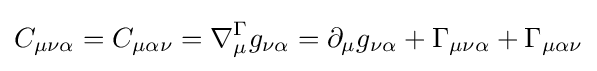
C_{\mu \nu \alpha }=C_{\mu \alpha \nu }=\nabla _{\mu }^{\Gamma }g_{\nu \alpha }=\partial _{\mu }g_{\nu \alpha }+\Gamma _{\mu \nu \alpha }+\Gamma _{\mu \alpha \nu }